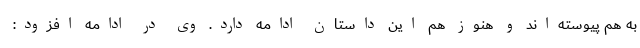
به هم پیوسته‌اند و هنوز هم این داستان ادامه دارد. وی در ادامه افزود: